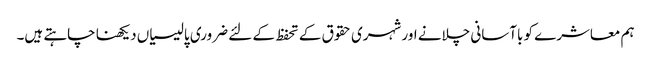
ہم معاشرے کو باآسانی چلانے اور شہری حقوق کے تحفظ کے لئے ضروری پالیسیاں دیکھنا چاہتے ہیں۔